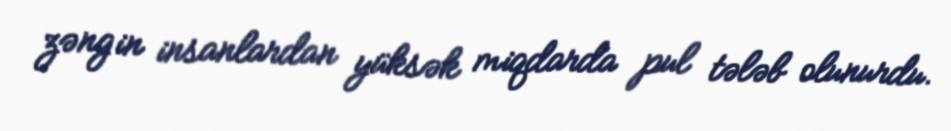
zəngin insanlardan yüksək miqdarda pul tələb olunurdu.